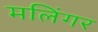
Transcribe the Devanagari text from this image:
मलिंगर